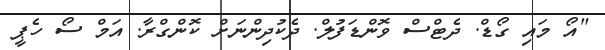
"އޯ މައި ގޯޑް. ދެޓްސް ވޮންޑަފުލް. ދެކުދިންނަށް ކޮންގްރާ. އަމް ސޯ ހެޕީ